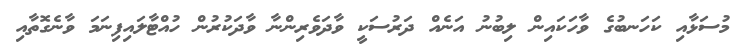
މުސަޅާއި ކަހަނބުގެ ވާހަކައިން ލިބުނު އަނެއް ދަރުސަކީ ވާދަވެރިންނާ ވާދަކުރުން ހުއްޓާލައިފިނަމަ ވާނެގޮތާއި